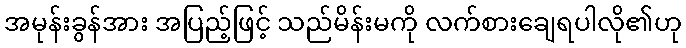
အမုန်းခွန်အား အပြည့်ဖြင့် သည်မိန်းမကို လက်စားချေရပါလို၏ဟု